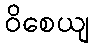
ဝိစေယျ